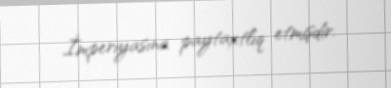
İmperiyasına paytaxtlıq etmişdir.